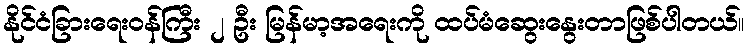
နိုင်ငံခြားရေးဝန်ကြီး ၂ ဦး မြန်မာ့အရေးကို ထပ်မံဆွေးနွေးတာဖြစ်ပါတယ်။